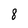
Character: 8